Vaccination in the Punjab 1867-1880 - 1867-1880
Year: 1867
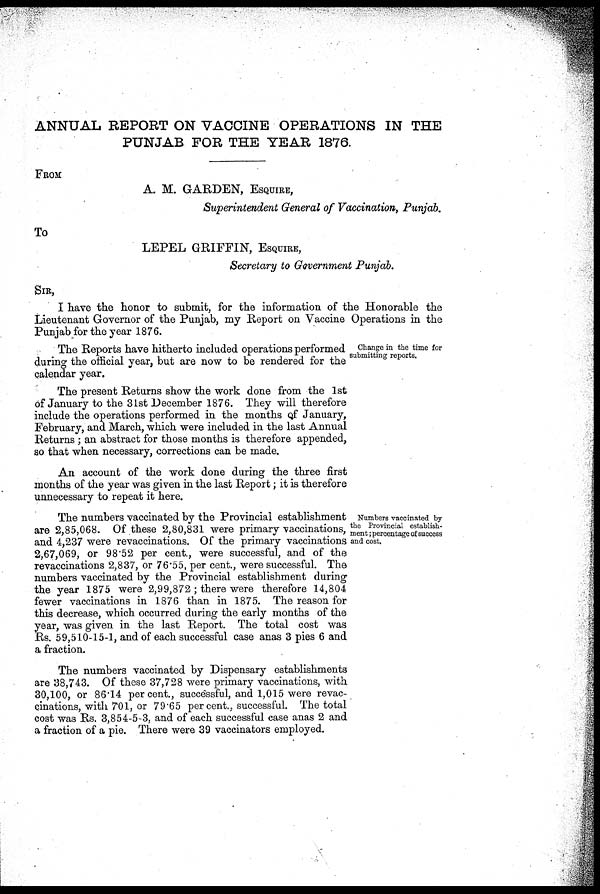
ANNUAL REPORT ON VACCINE OPERATIONS IN THE
PUNJAB FOR THE YEAR 1876.
FROM
A. M. GARDEN, ESQUIRE,
Superintendent General of Vaccination, Punjab.
To
LEPEL GRIFFIN, ESQUIRE,
Secretary to Government Punjab.
SIR,
I have the honor to submit, for the information of the Honorable the
Lieutenant Governor of the Punjab, my Report on Vaccine Operations in the
Punjab for the year 1876.
Change in the time for
submitting reports.
The Reports have hitherto included operations performed
during the official year, but are now to be rendered for the
calendar year.
The present Returns show the work done from the 1st
of January to the 31st December 1876. They will therefore
include the operations performed in the months of January,
February, and March, which were included in the last Annual
Returns ; an abstract for those months is therefore appended,
so that when necessary, corrections can be made.
An account of the work done during the three first
months of the year was given in the last Report; it is therefore
unnecessary to repeat it here.
Numbers vaccinated by
the Provincial establish-
ment; percentage of success
and cost.
The numbers vaccinated by the Provincial establishment
are 2,85,068. Of these 2,80,831 were primary vaccinations,
and 4,237 were revaccinations. Of the primary vaccinations
2,67,069, or 98.52 per cent., were successful, and of the
revaccinations 2,837, or 76.55, per cent., were successful. The
numbers vaccinated by the Provincial establishment during
the year 1875 were 2,99,872 ; there were therefore 14,804
fewer vaccinations in 1876 than in 1875. The reason for
this decrease, which occurred during the early months of the
year, was given in the last Report. The total cost was
Rs. 59,510-15-1, and of each successful case anas 3 pies 6 and
a fraction.
The numbers vaccinated by Dispensary establishments
are 38,743. Of these 37,728 were primary vaccinations, with
30,100, or 86.14 per cent., successful, and 1,015 were revac-
cinations, with 701, or 79.65 percent., successful. The total
cost was Rs. 3,854-5-3, and of each successful case anas 2 and
a fraction of a pie. There were 39 vaccinators employed.